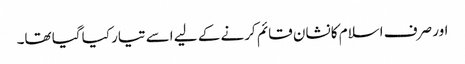
اور صرف اسلام کا نشان قائم کرنے کے لیے اسے تیار کیا گیا تھا۔